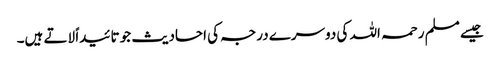
جیسے مسلم رحمہ اللہ کی دوسرے درجہ کی احادیث جو تائیداً لاتے ہیں۔